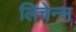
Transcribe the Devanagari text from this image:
लिचेन्स